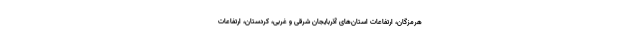
هرمزگان، ارتفاعات استان‌های آذربایجان شرقی و غربی، کردستان، ارتفاعات